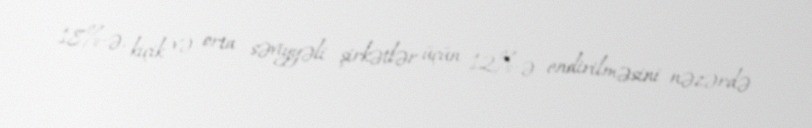
18%-ə, kiçik və orta səviyyəli şirkətlər üçün 12%-ə endirilməsini nəzərdə